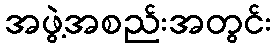
အဖွဲ့အစည်းအတွင်း